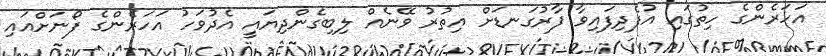
އަހަރެންގެ ހިތުގައި އުފެދިފައިވާ ފާރުގަނޑަށް އިތުރު ވޭނެއް ލިބިގެންދިޔައީ އެދުވަހު އަހަރެންގެ ފޯނަށްއައި